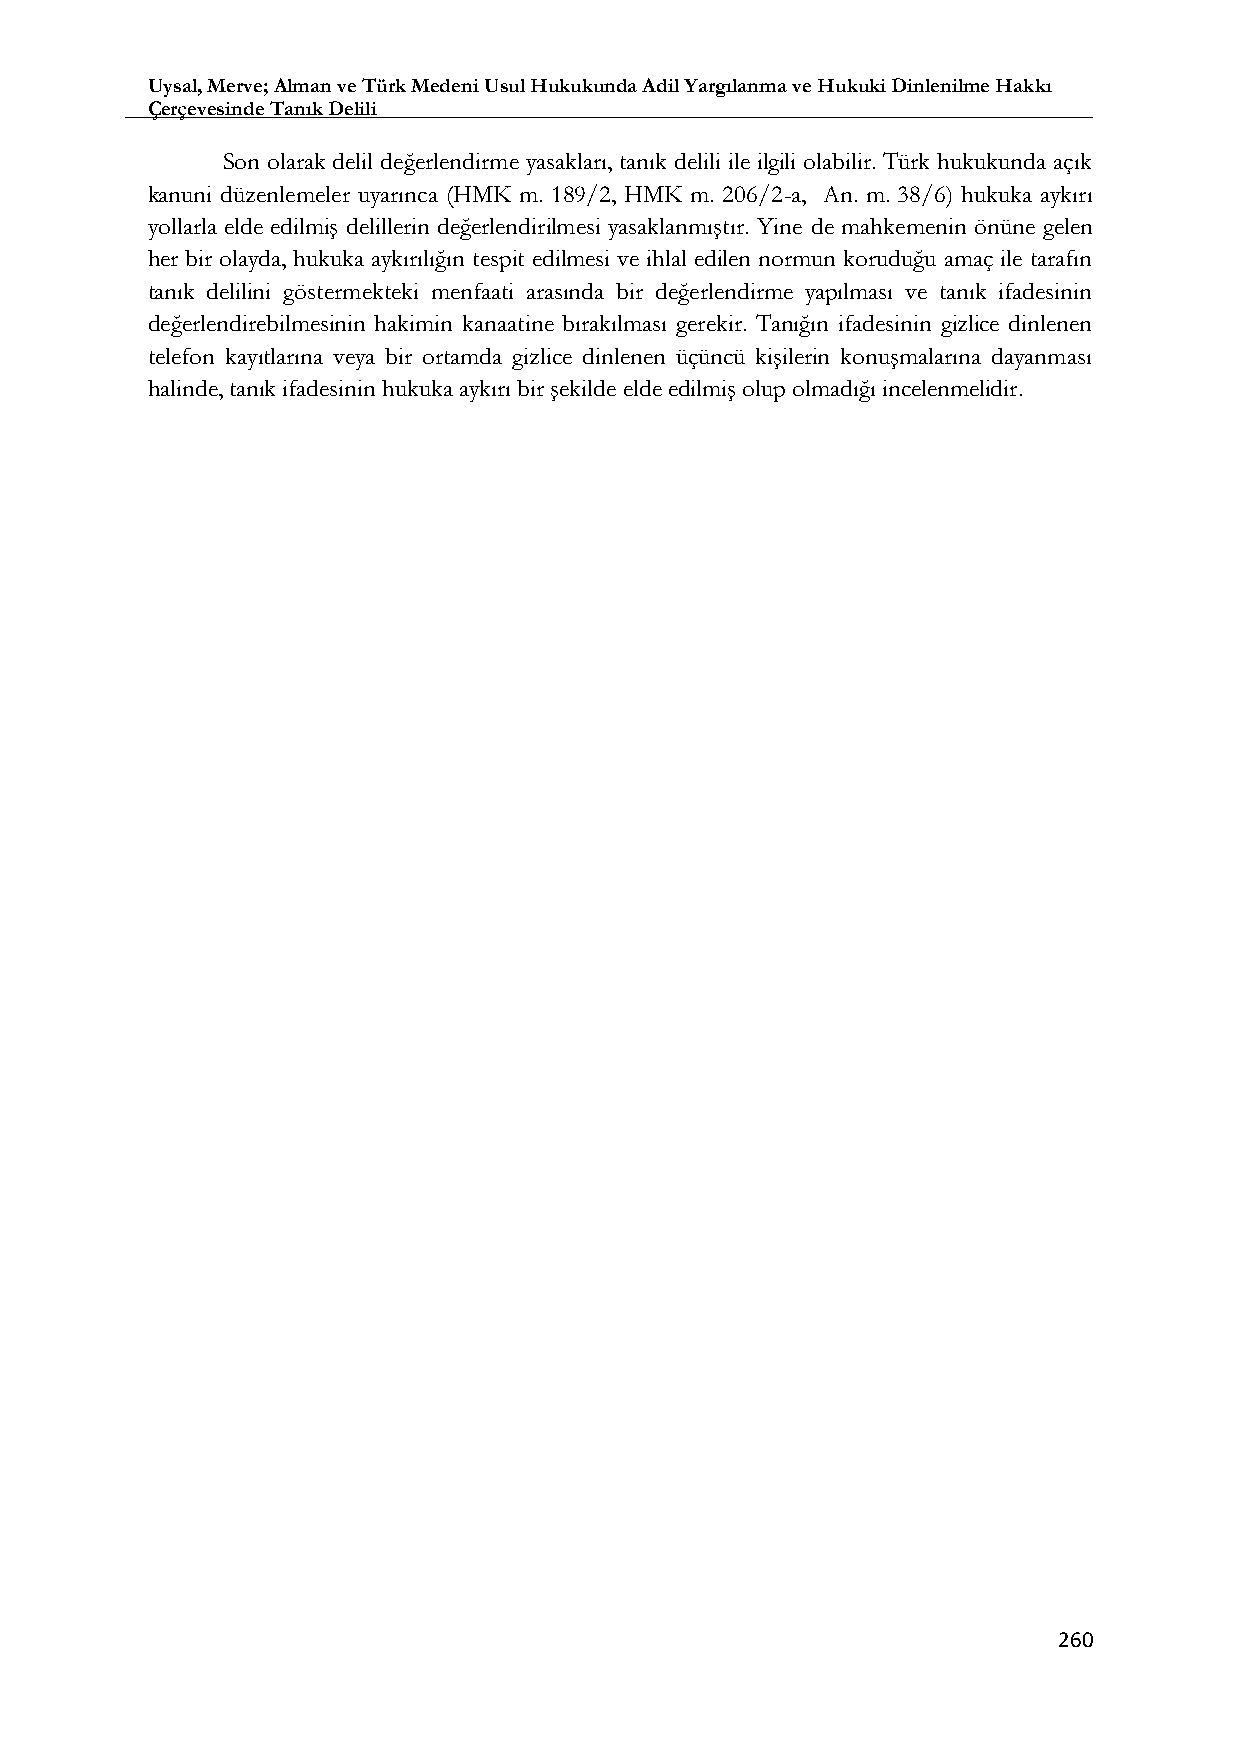
Uysal, Merve; Alman ve Türk Medeni Usul Hukukunda Adil Yargılanma ve Hukuki Dinlenilme Hakkı
 Çerçevesinde Tanık Delili
 Son olarak delil değerlendirme yasakları, tanık delili ile ilgili olabilir. Türk hukukunda açık
 kanuni düzenlemeler uyarınca (HMK m. 189/2, HMK m. 206/2-a, An. m. 38/6) hukuka aykırı
 yollarla elde edilmiş delillerin değerlendirilmesi yasaklanmıştır. Yine de mahkemenin önüne gelen
 her bir olayda, hukuka aykırılığın tespit edilmesi ve ihlal edilen normun koruduğu amaç ile tarafın
 tanık delilini göstermekteki menfaati arasında bir değerlendirme yapılması ve tanık ifadesinin
 değerlendirebilmesinin hakimin kanaatine bırakılması gerekir. Tanığın ifadesinin gizlice dinlenen
 telefon kayıtlarına veya bir ortamda gizlice dinlenen üçüncü kişilerin konuşmalarına dayanması
 halinde, tanık ifadesinin hukuka aykırı bir şekilde elde edilmiş olup olmadığı incelenmelidir.
 260